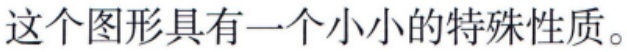
这个图形具有一个小小的特殊性质。